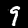
Label: 9